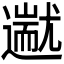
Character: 𬩗